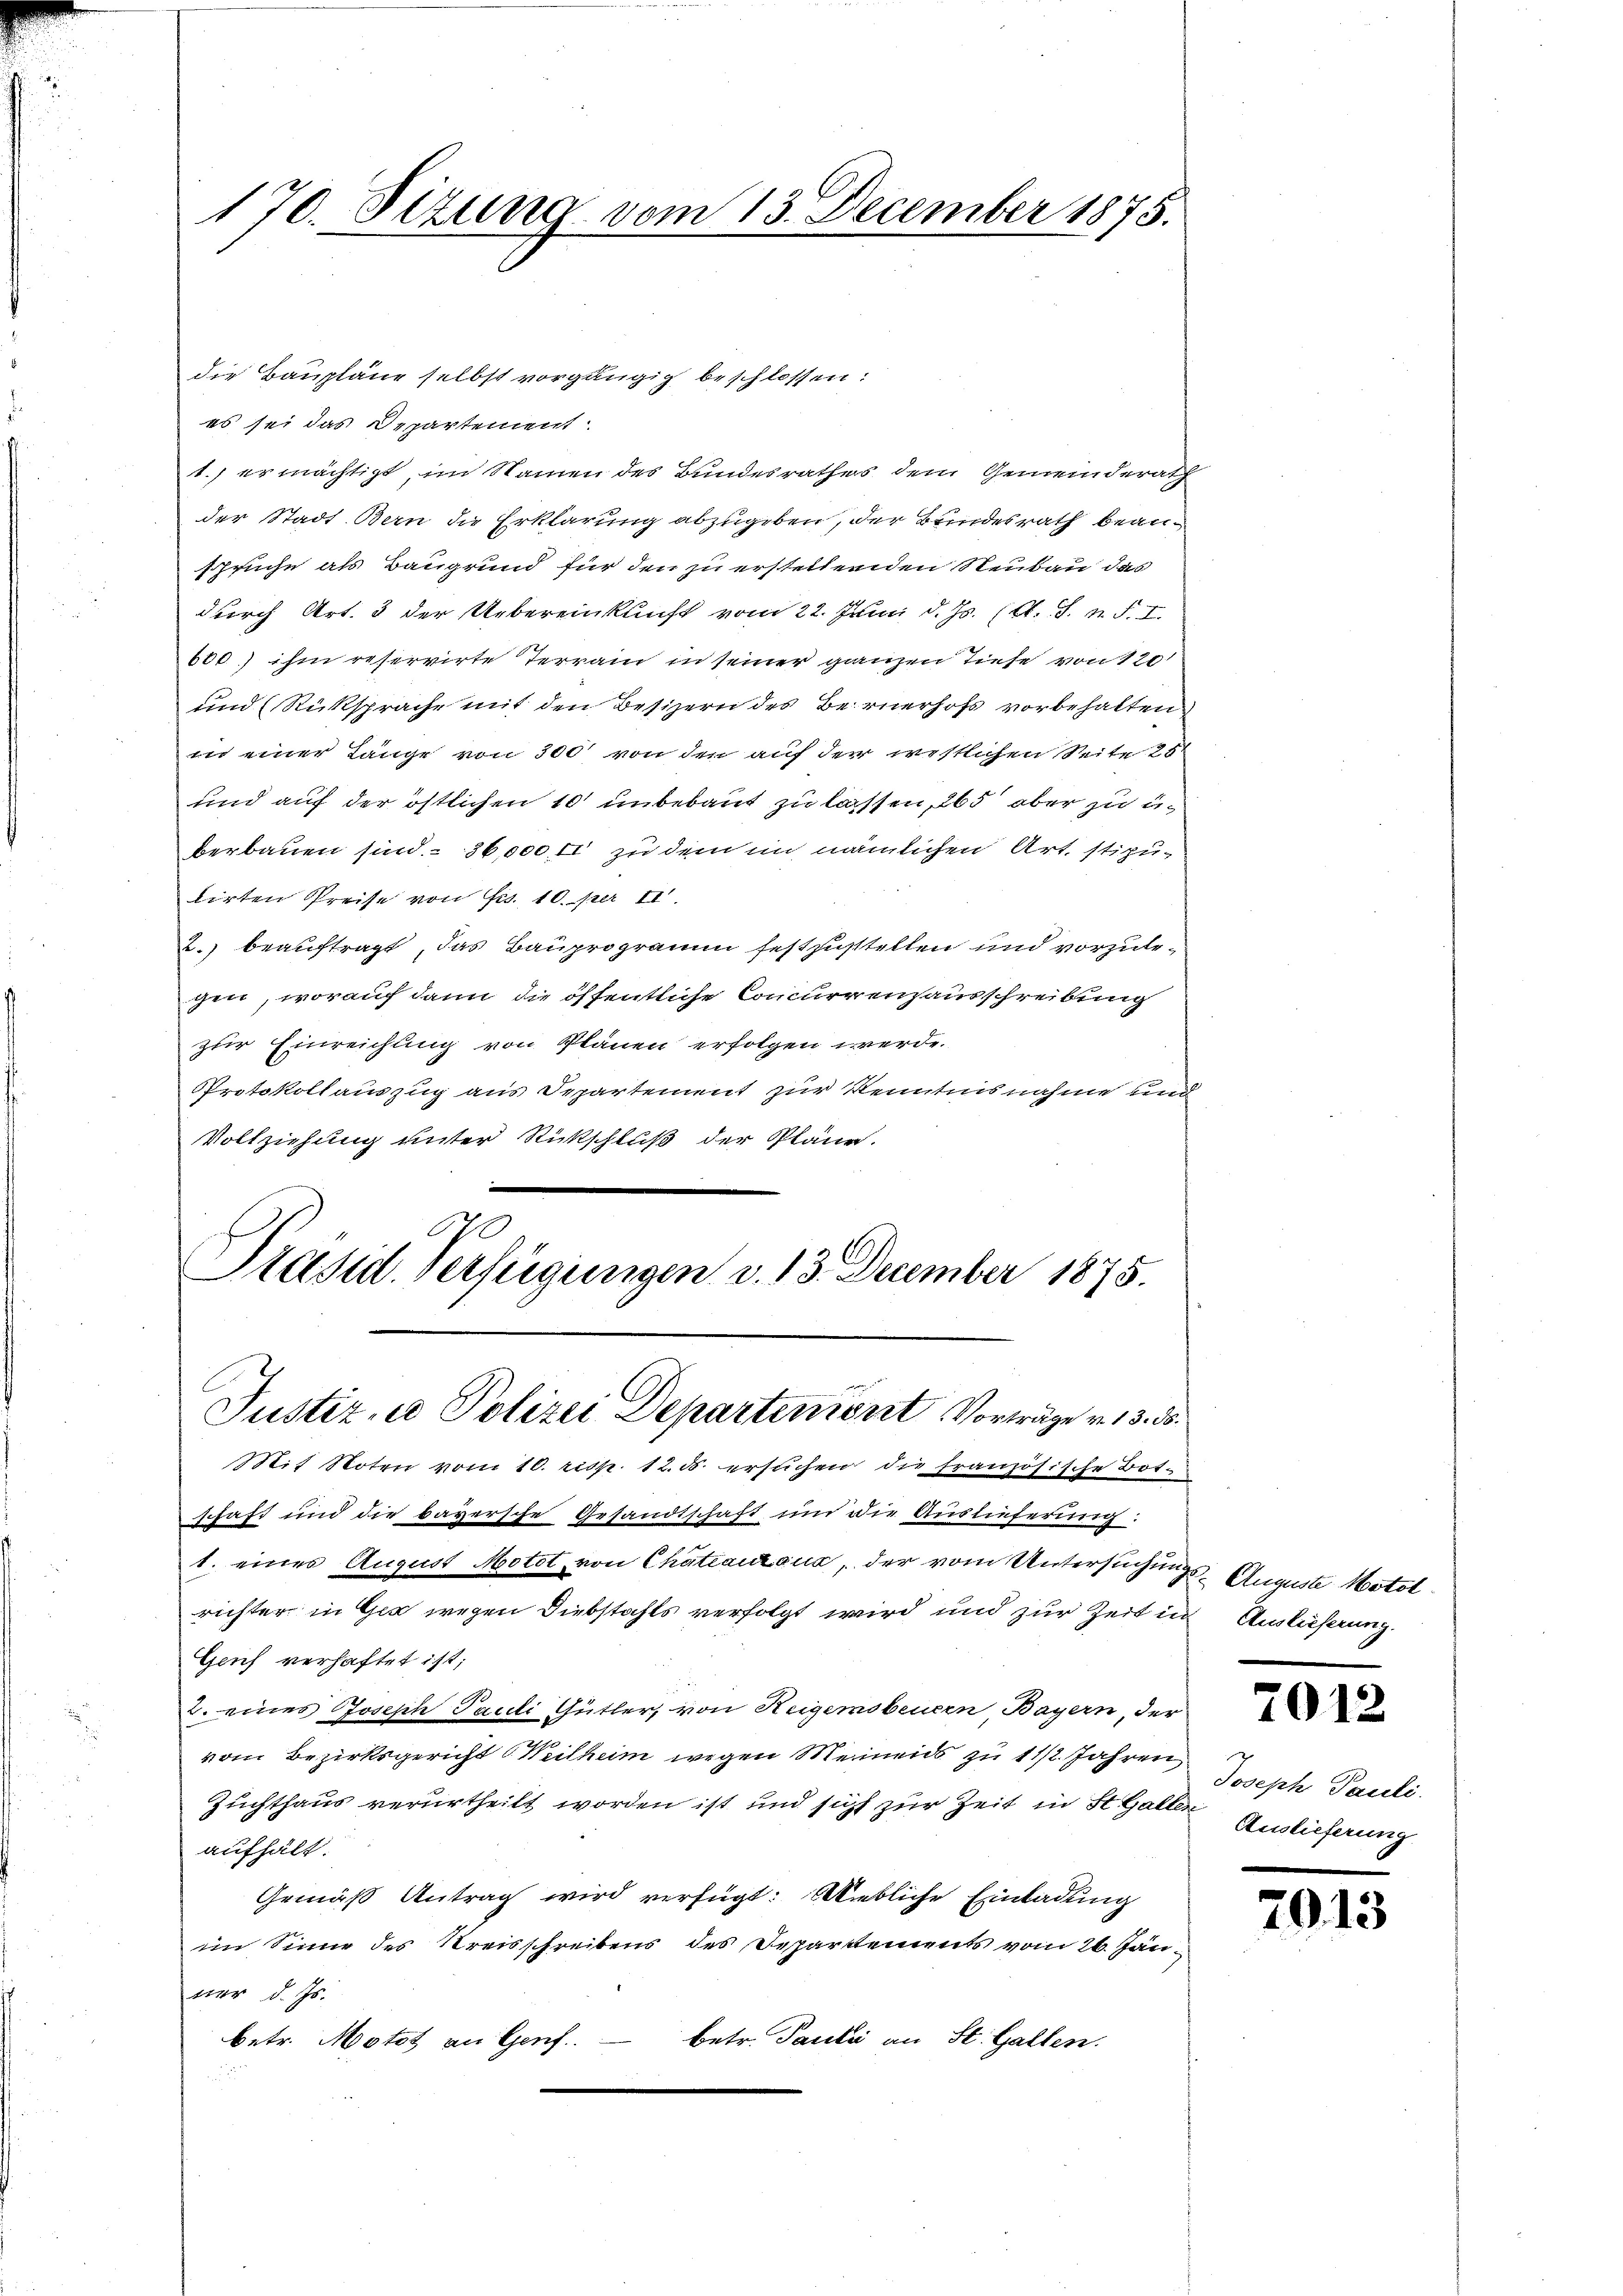
170. Sizung vom 13. December 1875.

die Baupläne selbst vorgängig beschlossen:
es sei das Departement
1. ermächtigt, im Namen des Bundesrathes dem Gemeinderath
der Stadt Bern die Erklärung abzugeben, der Bundesrath beanspruche als Baugrund für den zu erstellenden Neubau das
durch Art. 3 der Uebereinkunft vom 22. Juni d. Js. (s. S. n. F. I.
600) ihm reservirte Terrain in seiner ganzen Tiefe von 120
und (Rüksprache mit den Besizern des Bernerhofs vorbehalten,
in einer Länge von 300 von den auf der westlichen Seite 25
und auf der östlichen 10 unbebaut zu lassen, 265 aber zu uberbauen sind. - 36,000, II zu dem im nämlichen Art. stipulirten Preise von Fr. 10. per II.
2.) beauftragt, das Bauprogramm festzustellen und vorzulegen, worauf dann die öffentliche Concurrenzausschreibung
zur Einreichung von Plänen erfolgen werde.
Protokollauszug aus Departement zur Kenntnisnahme und
Vollziehung unter Rückschluß der Pläne.
70
Präsid. Verfügungen d. 13. December 1875.
Justiz- u Polizei Departenirt Vorträge v. 13. d.
Mit Noten vom 10. resp. 12. ds. ersuchen die französische Botschaft und die bayersche Gesandtschaft un die Auslieferung
1. eines August Motet, von Chateauzaua, der vom Untersuchungs Auguste Motolrichter in Ger wegen Diebstahls verfolgt wird und zur Zeit in Ausließung.
Geuf verhaftet ist;
2. eines Joseph Pauli Gütler, von Hegemobeuern, Bayern, der
vom Bezirksgericht (Weitheim wegen Meinens zu 1 1/2 Jahren
Zuchthaus verurtheilt worden ist und sicht zur Zeit in St. Galle Auslieferung
aufhält.
Gemäß Antrag wird verfügt: Wiebliche Einladung
im Sinne des Kreisschreibens des Departements vom 26. Jän
ner d. Js.
betr. Pauli an St. Gallen.
betr. Motot an Genf

2012

Joseph Pauli.

701

3